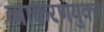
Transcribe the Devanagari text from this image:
व्याकरणयुक्त